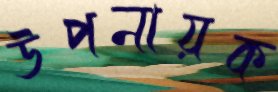
উপনায়ক